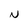
Character: N